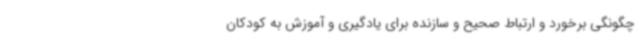
چگونگی برخورد و ارتباط صحیح و سازنده برای یادگیری و آموزش به کودکان